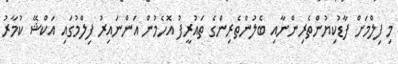
މި ފިލްމަށް ފާޑުކިޔުންތެރިންނާއި ބެލުންތެރިންގެ ތައުރީފު އޮހެމުން އަންނައިރު ފިލްމުގައި އަކްޝޭ ކުމާރު